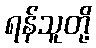
ရန်သူတို့